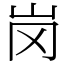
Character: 岗